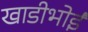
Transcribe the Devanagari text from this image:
खाडीभोई